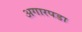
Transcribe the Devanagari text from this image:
अगारपडा